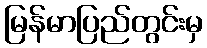
မြန်မာပြည်တွင်းမှ